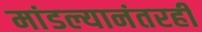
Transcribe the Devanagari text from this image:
मांडल्यानंतरही